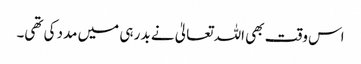
اس وقت بھی اللہ تعالیٰ نے بدر ہی میں مدد کی تھی۔